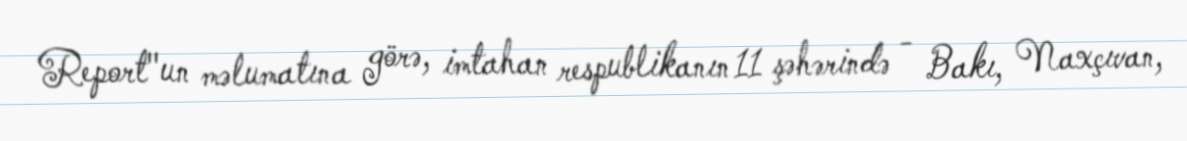
Report"un məlumatına görə, imtahan respublikanın 11 şəhərində - Bakı, Naxçıvan,